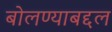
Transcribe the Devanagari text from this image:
बोलण्याबद्दल